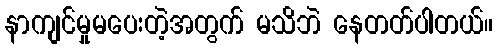
နာကျင်မှုမပေးတဲ့အတွက် မသိဘဲ နေတတ်ပါတယ်။